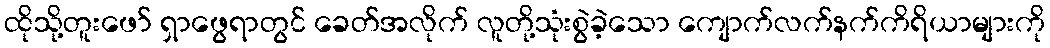
ထိုသို့တူးဖော် ရှာဖွေရာတွင် ခေတ်အလိုက် လူတို့သုံးစွဲခဲ့သော ကျောက်လက်နက်ကိရိယာများကို